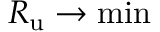
R _ { \mathrm { u } } \to \operatorname* { m i n }